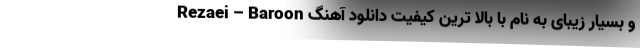
Rezaei – Baroon و بسیار زیبای به نام با بالا ترین کیفیت دانلود آهنگ